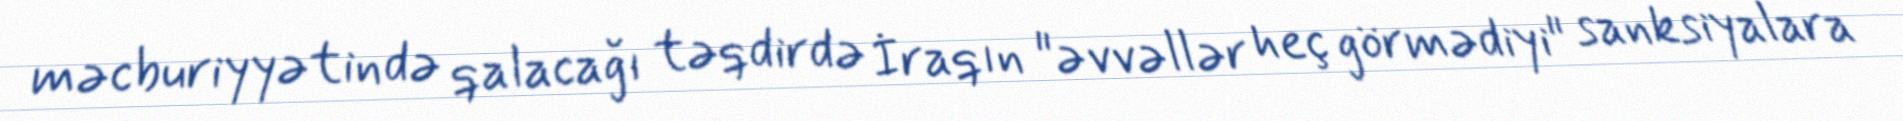
məcburiyyətində qalacağı təqdirdə İraqın "əvvəllər heç görmədiyi" sanksiyalara